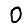
Digit: 0